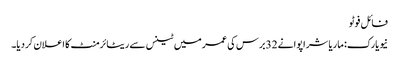
فائل فوٹو
نیویارک: ماریا شراپوا نے 32برس کی عمر میں ٹینس سے ریٹائرمنٹ کا اعلان کردیا۔